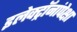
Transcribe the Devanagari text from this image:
इलेक्ट्रॉनांपेक्षा